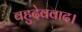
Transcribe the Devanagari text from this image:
बहुदेववाद।